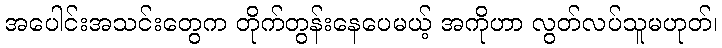
အပေါင်းအသင်းတွေက တိုက်တွန်းနေပေမယ့် အကိုဟာ လွတ်လပ်သူမဟုတ်၊